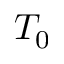
T _ { 0 }